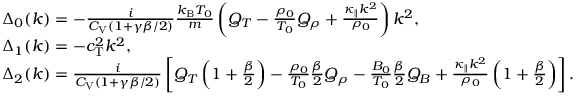
\begin{array} { r l } & { \Delta _ { 0 } ( k ) = - \frac { i } { C _ { \mathrm { V } } ( 1 + \gamma \beta / 2 ) } \frac { k _ { \mathrm { B } } T _ { 0 } } { m } \left( Q _ { T } - \frac { \rho _ { 0 } } { T _ { 0 } } Q _ { \rho } + \frac { \kappa _ { \parallel } k ^ { 2 } } { \rho _ { 0 } } \right) k ^ { 2 } , } \\ & { \Delta _ { 1 } ( k ) = - c _ { \mathrm { T } } ^ { 2 } k ^ { 2 } , } \\ & { \Delta _ { 2 } ( k ) = \frac { i } { C _ { \mathrm { V } } ( 1 + \gamma \beta / 2 ) } \left[ Q _ { T } \left( 1 + \frac { \beta } { 2 } \right) - \frac { \rho _ { 0 } } { T _ { 0 } } \frac { \beta } { 2 } Q _ { \rho } - \frac { B _ { 0 } } { T _ { 0 } } \frac { \beta } { 2 } Q _ { B } + \frac { \kappa _ { \parallel } k ^ { 2 } } { \rho _ { 0 } } \left( 1 + \frac { \beta } { 2 } \right) \right] . } \end{array}